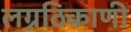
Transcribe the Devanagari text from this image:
लग्नठिकाणी